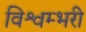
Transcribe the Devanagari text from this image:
विश्वम्भरी